Papaver somniferum - Opium : an extract from the sixth volume of the Dictionary of Economic Products of India
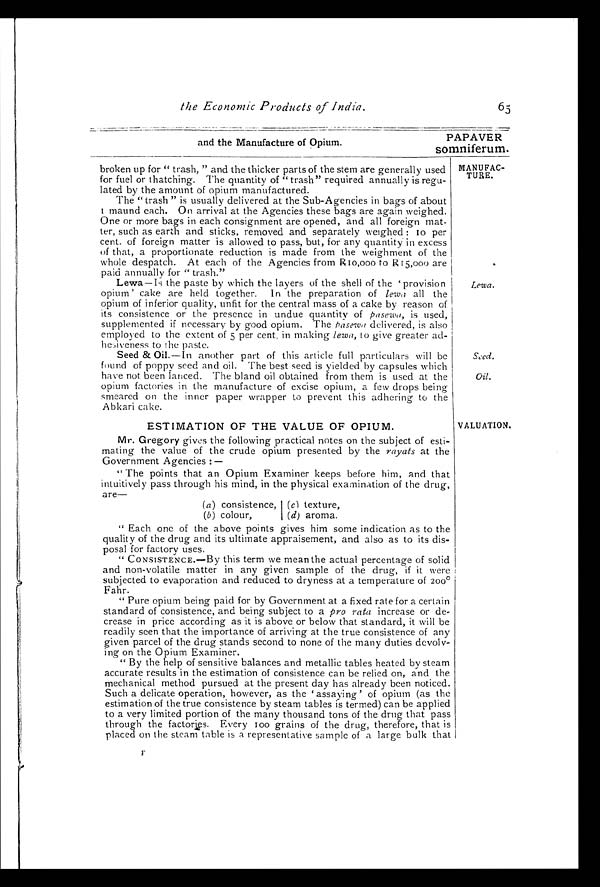
and the Manufacture of Opium.
PAPAVER
somniferum
the Economic Products of India.
65
MANUFAC-
TURE.
broken up for " trash, " and the thicker parts of the stem are generally used
for fuel or thatching. The quantity of " trash" required annually is regu-
- l a t e d b y t h e a m o u n t o f o p i u m m a n u f a c t u r e d .
The " trash " is usually delivered at the Sub-Agencies in bags of about
1 m a u n d e a c h . O n a r r i v a l a t t h e A g e n c i e s t h e s e b a g s a r e a g a i n w e i g h e d .
One or more bags in each consignment are opened, and all foreign mat-
- t e r , s u c h a s e a r t h a n d s t i c k s , r e m o v e d a n d s e p a r a t e l y w e i g h e d : 1 0 p e r
cent. of foreign matter is allowed to pass, but, for any quantity in excess
of that, a proportionate reduction is made from the weighment of the
whole despatch. At each of the Agencies from R 10,000 to R 15,000 are
p a i d a n n u a l l y f o r " t r a s h . "
Lewa—Is the paste by which the layers of the shell of the ' provision
opium' cake are held together. In the preparation of lewa all the
opium of inferior quality, unfit for the central mass of a cake by reason of
its consistence or the presence in undue quantity of pasewa, is used,
supplemented if necessary by good opium. The pasewa delivered, is also
employed to the extent of 5 per cent. in making lewa, to give greater ad--
hesiveness to the paste.
Seed &Oil.—In another part of this article full particulars will be
found of poppy seed and oil. The best seed is yielded by capsules which
have not been lanced. The bland oil obtained from them is used at the
opium factories in the manufacture of excise opium, a few drops being
smeared on the inner paper wrapper to prevent this adhering to the
Abkari cake.
ESTIMATION OF THE VALUE OF OPIUM.
Mr. Gregory gives the following practical notes on the subject of esti--
mating the value of the crude opium presented by the rayats at the
Government Agencies :—
" The points that an Opium Examiner keeps before him, and that
intuitively pass through his mind, in the physical examination of the drug,
are—
(a) consistence, (c) texture,
(b) colour,
(d ) aroma.
" Each one of the above points gives him some indication as to the
quality of the drug and its ultimate appraisement, and also as to its dis--
posal for factory uses.
" CONSISTENCE. — By this term we mean the actual percentage of solid
and non-volatile matter in any given sample of the drug, if it were
subjected to evaporation and reduced to dryness at a temperature of 200°F
ahr.
" Pure opium being paid for by Government at a fixed rate for a certain
standard of consistence, and being subject to a pro rata increase or de--
crease in price according as it is above or below that standard, it will be
readily seen that the importance of arriving at the true consistence of any
given parcel of the drug stands second to none of the many duties devolv--
ing on the Opium Examiner.
" By the help of sensitive balances and metallic tables heated by steam
accurate results in the estimation of consistence can be relied on, and the
mechanical method pursued at the present day has already been noticed.
Such a delicate operation, however, as the 'assaying ' of opium (as the
estimation of the true consistence by steam tables is termed) can be applied
to a very limited portion of the many thousand tons of the drug that pass
through the factories. Every 100 grains of the drug, therefore, that is
placed on the steam table is a representative sample of a large bulk that
Lewa.
Seed.
Oil.
VALUATION.